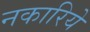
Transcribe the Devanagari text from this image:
नकारिये